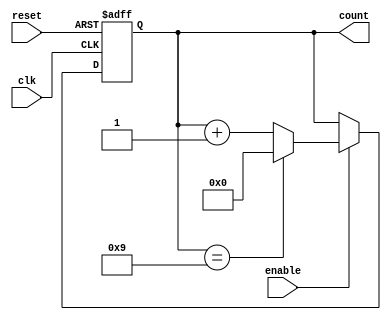
module bcd_up_counter(
  input wire clk,
  input wire reset,
  input wire enable,
  output reg [3:0] count
);

reg [3:0] next_count;

always @(posedge clk or posedge reset) begin
  if (reset) begin
    count <= 4'b0000;
  end else if (enable) begin
    count <= next_count;
  end
end

always @* begin
  if (count == 4'b1001) begin
    next_count = 4'b0000;
  end else begin
    next_count = count + 1;
  end
end

endmodule